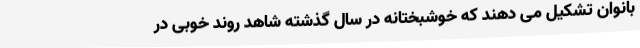
بانوان تشکیل می دهند که خوشبختانه در سال گذشته شاهد روند خوبی در